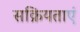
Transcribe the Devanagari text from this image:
सक्रियताएं